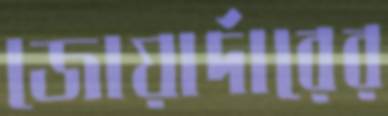
জোয়ার্দারের